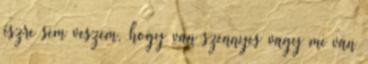
észre sem veszem, hogy van szennyes vagy mi van